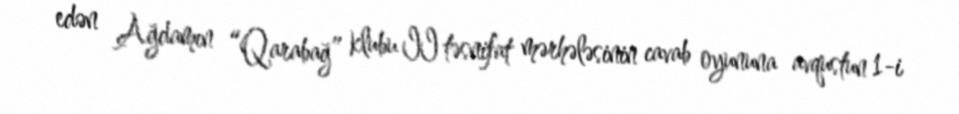
edən Ağdamın “Qarabağ” klubu II təsnifat mərhələsinin cavab oyununa avqustun 1-i